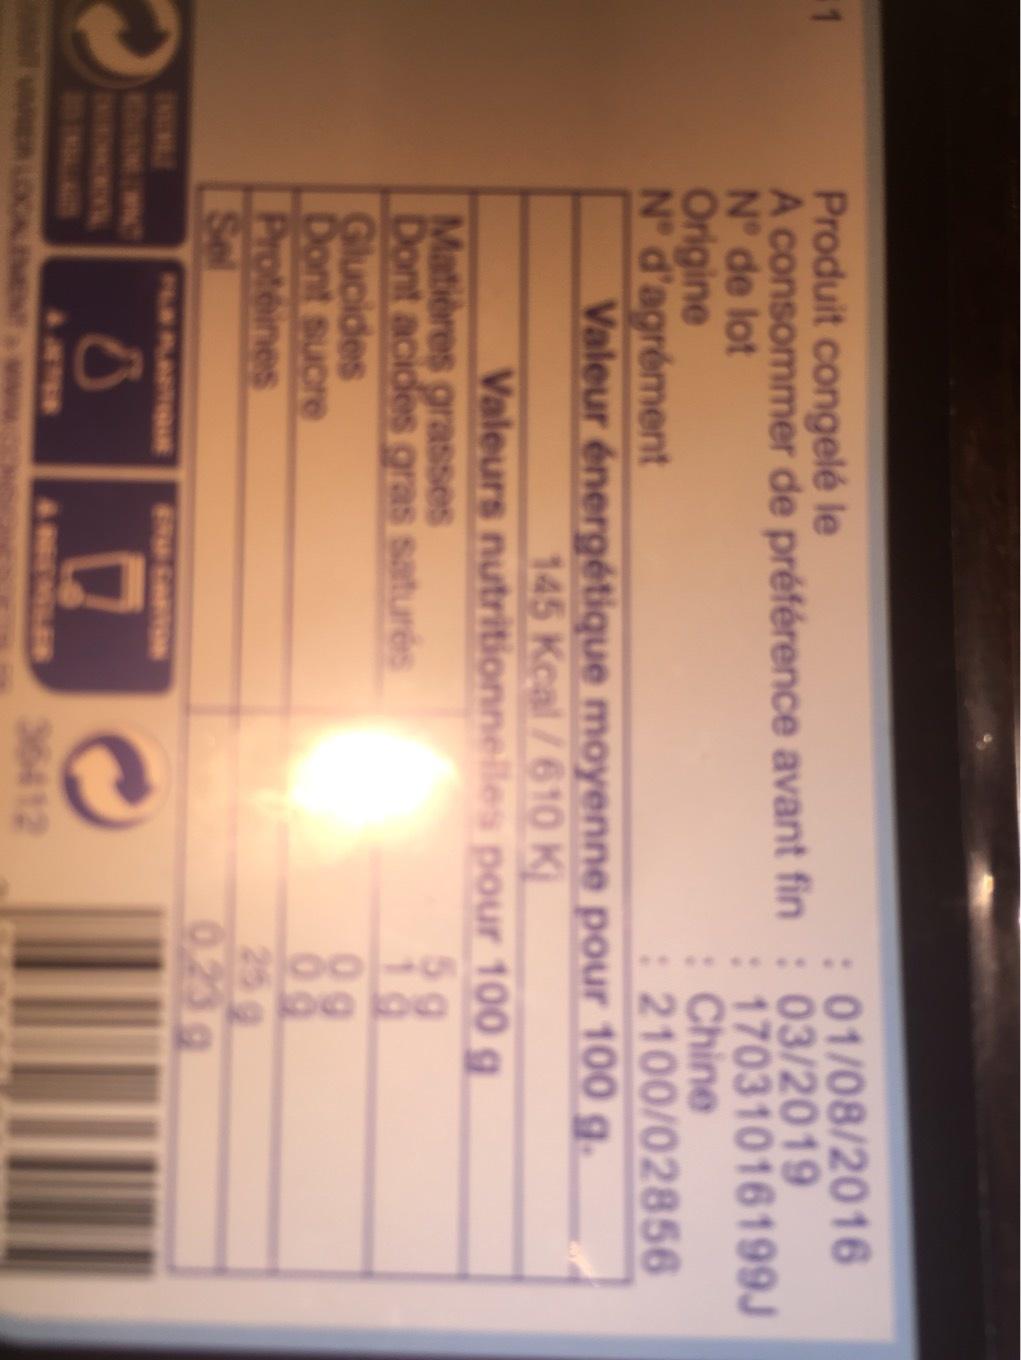
1
Produit congelé le
: 01/08/2016
A consommer de préférence avant fin: 03/2019 N° de lot
Origine
N° d'agrément
Valeur énergétique moyenne pour 100 g. 145 Kcal/610 K
Valeurs nutritionnelles pour 100 g
5 g
10
Matières grasses Dont acides gras saturés
: 17031016199J : Chine
: 2100/02856
Glucides
Dont sucre
Protéines
Sel
36412
09 09
0.23 g